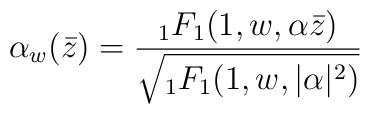
\alpha_w(\bar z)= \frac { {}_1F_1 (1,w, \alpha \bar z)}{\sqrt{ {}_1F_1 (1,w, \vert \alpha \vert^2)}}